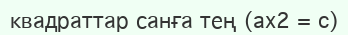
квадраттар санға тең (ax2 = c)